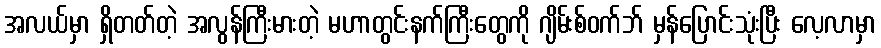
အလယ်မှာ ရှိတတ်တဲ့ အလွန်ကြီးမားတဲ့ မဟာတွင်းနက်ကြီးတွေကို ဂျိမ်းစ်ဝက်ဘ် မှန်ပြောင်းသုံးပြီး လေ့လာမှာ